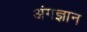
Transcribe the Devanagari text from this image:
अंगज्ञान